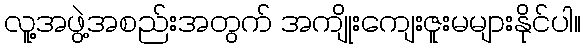
လူ့အဖွဲ့အစည်းအတွက် အကျိုးကျေးဇူးမများနိုင်ပါ။